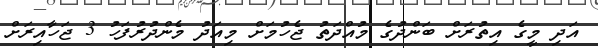
އަދި މީގެ އިތުރަށް ބަންދުގެ މުއްދަތު ޖެހުމަށް މިއަދު މެންދުރުފަހު 3 ޖަހާއިރަށް